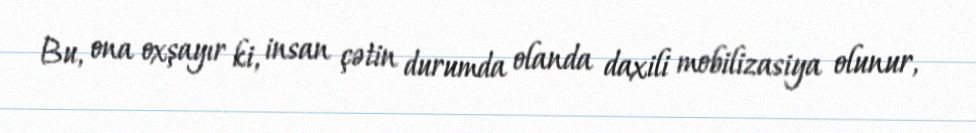
Bu, ona oxşayır ki, insan çətin durumda olanda daxili mobilizasiya olunur,